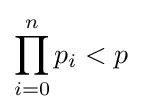
\prod _{i=0}^{n}p_{i}<p